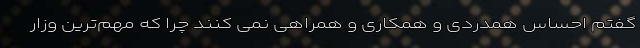
گفتم احساس همدردی و همکاری و همراهی نمی کنند چرا که مهم‌ترین وزار